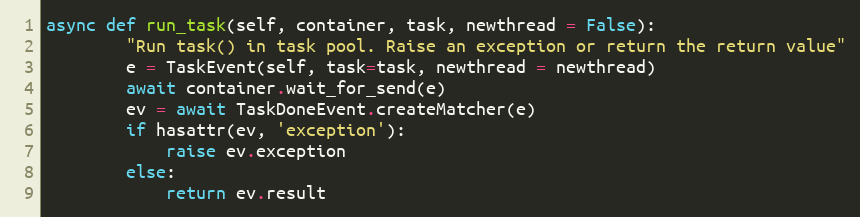
Language: Python
async def run_task(self, container, task, newthread = False):
        "Run task() in task pool. Raise an exception or return the return value"
        e = TaskEvent(self, task=task, newthread = newthread)
        await container.wait_for_send(e)
        ev = await TaskDoneEvent.createMatcher(e)
        if hasattr(ev, 'exception'):
            raise ev.exception
        else:
            return ev.result